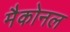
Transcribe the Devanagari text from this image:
मैकोनल